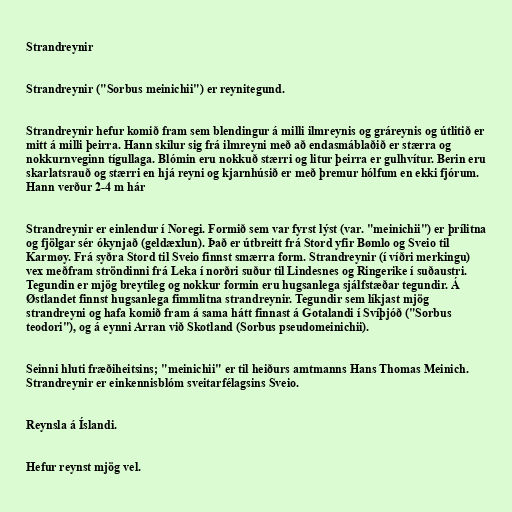
Strandreynir

Strandreynir ("Sorbus meinichii") er reynitegund.

Strandreynir hefur komið fram sem blendingur á milli ilmreynis og gráreynis og útlitið er
mitt á milli þeirra. Hann skilur sig frá ilmreyni með að endasmáblaðið er stærra og
nokkurnveginn tígullaga. Blómin eru nokkuð stærri og litur þeirra er gulhvítur. Berin eru
skarlatsrauð og stærri en hjá reyni og kjarnhúsið er með þremur hólfum en ekki fjórum.
Hann verður 2-4 m hár

Strandreynir er einlendur í Noregi. Formið sem var fyrst lýst (var. "meinichii") er þrílitna
og fjölgar sér ókynjað (geldæxlun). Það er útbreitt frá Stord yfir Bømlo og Sveio til
Karmøy. Frá syðra Stord til Sveio finnst smærra form. Strandreynir (í víðri merkingu)
vex meðfram ströndinni frá Leka í norðri suður til Lindesnes og Ringerike í suðaustri.
Tegundin er mjög breytileg og nokkur formin eru hugsanlega sjálfstæðar tegundir. Á
Østlandet finnst hugsanlega fimmlitna strandreynir. Tegundir sem líkjast mjög
strandreyni og hafa komið fram á sama hátt finnast á Gotalandi í Svíþjóð ("Sorbus
teodori"), og á eynni Arran við Skotland (Sorbus pseudomeinichii).

Seinni hluti fræðiheitsins; "meinichii" er til heiðurs amtmanns Hans Thomas Meinich.
Strandreynir er einkennisblóm sveitarfélagsins Sveio.

Reynsla á Íslandi.

Hefur reynst mjög vel.